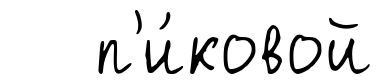
п'и́ковой